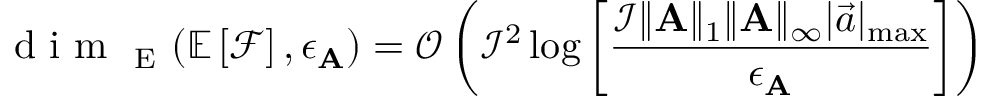
\mathrm { ~ d ~ i ~ m ~ } _ { \mathrm { ~ E ~ } } ( \mathbb { E } \left[ \mathcal { F } \right] , \epsilon _ { \mathbf { A } } ) = \mathcal { O } \left( \mathcal { I } ^ { 2 } \log \left[ \frac { \mathcal { I } \| \mathbf { A } \| _ { 1 } \| \mathbf { A } \| _ { \infty } | \vec { a } | _ { \operatorname* { m a x } } } { \epsilon _ { \mathbf { A } } } \right] \right)